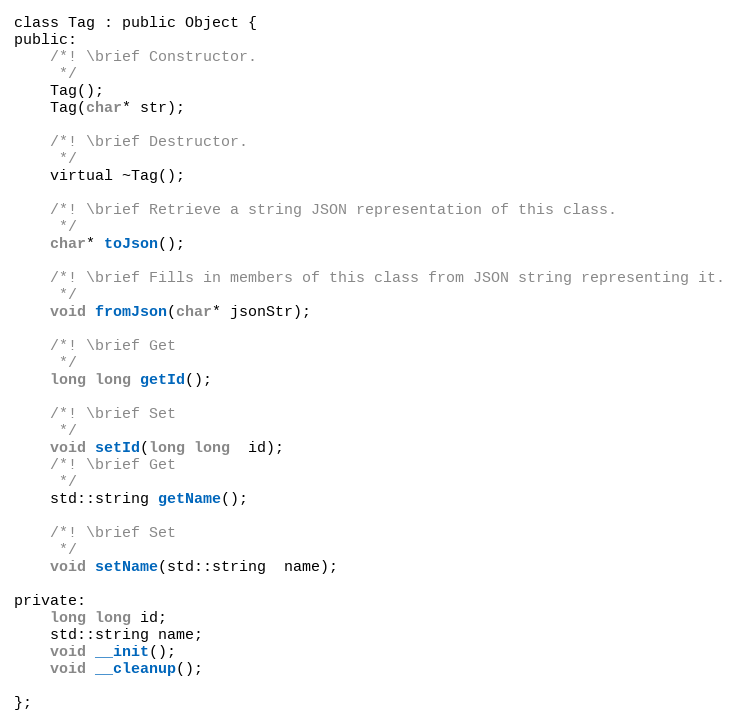
Language: C
class Tag : public Object {
public:
	/*! \brief Constructor.
	 */
	Tag();
	Tag(char* str);

	/*! \brief Destructor.
	 */
	virtual ~Tag();

	/*! \brief Retrieve a string JSON representation of this class.
	 */
	char* toJson();

	/*! \brief Fills in members of this class from JSON string representing it.
	 */
	void fromJson(char* jsonStr);

	/*! \brief Get
	 */
	long long getId();

	/*! \brief Set
	 */
	void setId(long long  id);
	/*! \brief Get
	 */
	std::string getName();

	/*! \brief Set
	 */
	void setName(std::string  name);

private:
	long long id;
	std::string name;
	void __init();
	void __cleanup();

};